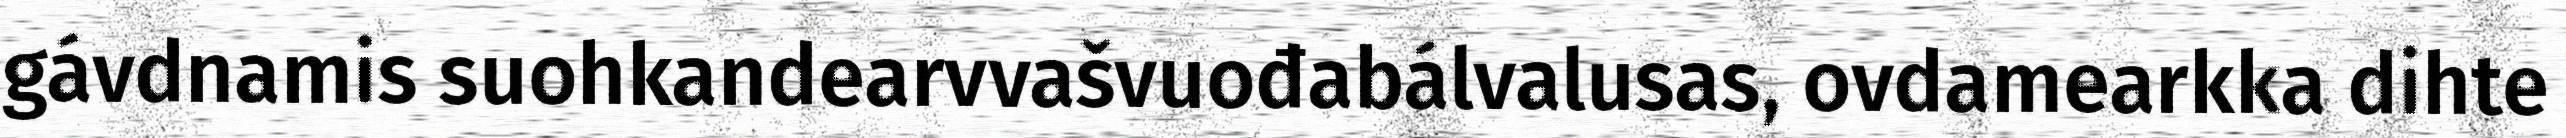
gávdnamis suohkandearvvašvuođabálvalusas, ovdamearkka dihte